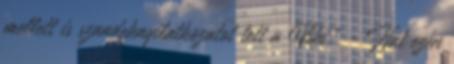
mellett is szandeknyilatkozatot tett a Viki." - Hát ezen